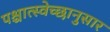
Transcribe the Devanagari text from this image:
पश्चात्स्वेच्छानुसार